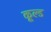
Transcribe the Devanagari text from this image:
कूल्‍ड